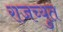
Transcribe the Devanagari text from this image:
राजच्युत